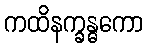
ကထိနက္ခန္ဓကော